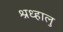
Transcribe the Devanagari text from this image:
श्रध्हालु